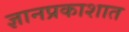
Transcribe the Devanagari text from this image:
ज्ञानप्रकाशात